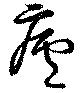
廬